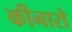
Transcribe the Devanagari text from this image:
कीनारो